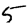
Digit: 5